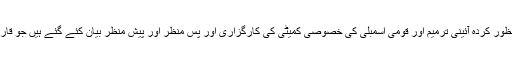
اس میں 7/ ستمبر 1974ء کی منظور کردہ آئینی ترمیم اور قومی اسمبلی کی خصوصی کمیٹی کی کارگزاری اور پس منظر اور پیش منظر بیان کئے گئے ہیں جو قارئین کی دلچسپی کا باعث ہوں گے۔